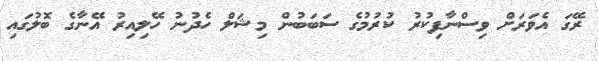
ރޭގަ އެވަރަށް ވިސްނާފިކުރު ކުރުމުގެ ސަބަބުން މިޝަލް ހެދުނު ހޭލިއިރު އޭނާގެ ބޮލުގައި